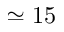
\simeq 1 5